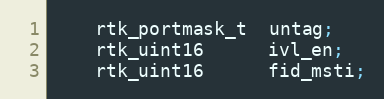
Language: C
    rtk_portmask_t  untag;
    rtk_uint16      ivl_en;
    rtk_uint16      fid_msti;